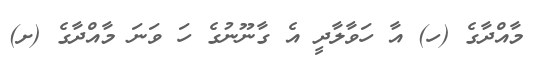
މާއްދާގެ (ހ) އާ ހަވާލާދީ އެ ގާނޫނުގެ ހަ ވަނަ މާއްދާގެ (ށ)